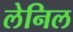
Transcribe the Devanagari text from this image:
लेनिल